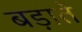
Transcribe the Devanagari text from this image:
बड़ाते